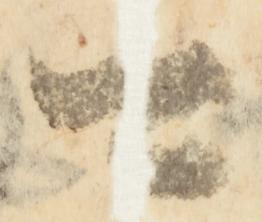
可